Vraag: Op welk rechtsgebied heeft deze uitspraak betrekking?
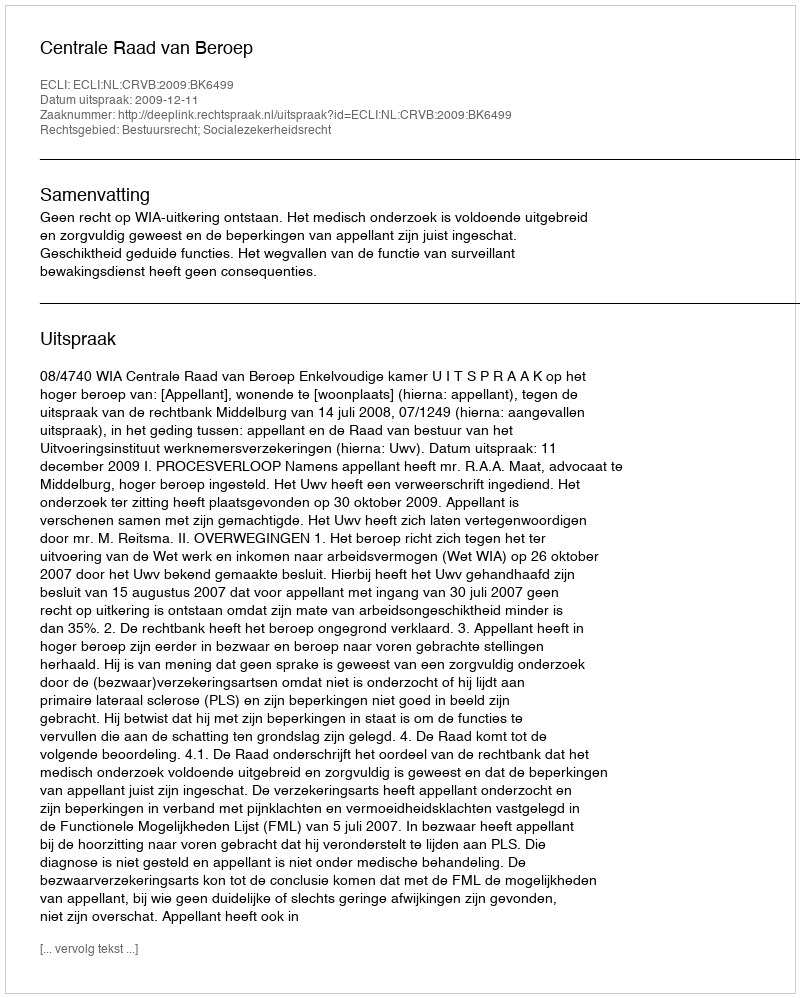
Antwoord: Bestuursrecht; Socialezekerheidsrecht